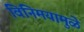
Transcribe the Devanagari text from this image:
विनिमयामुळे